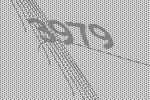
3979